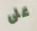
على